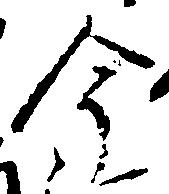
今